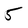
Character: 5